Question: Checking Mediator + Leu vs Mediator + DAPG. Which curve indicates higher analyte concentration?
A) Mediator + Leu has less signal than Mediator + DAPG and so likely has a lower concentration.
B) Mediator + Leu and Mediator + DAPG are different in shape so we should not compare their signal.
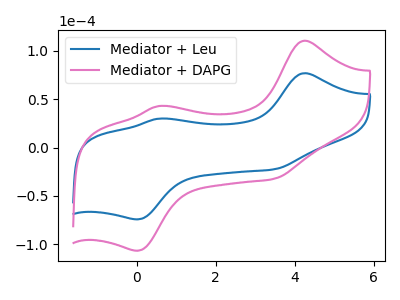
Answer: <think>The blue curve "Mediator + Leu" has anodic peaks at (4.25V, 76.80uA) (0.55V, 29.85uA) and cathodic peaks at (3.45V, -22.55uA) (0.00V, -74.25uA). The pink curve "Mediator + DAPG" has anodic peaks at (4.25V, 110.30uA) (0.55V, 42.90uA) and cathodic peaks at (3.45V, -32.40uA) (0.00V, -106.65uA).
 All the peaks in "Mediator + Leu" have a peak in "Mediator + DAPG" at the same potential. Every peak in "Mediator + Leu" is lower than every peak in "Mediator + DAPG".</think>
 <answer>A) "Mediator + Leu" has less signal than "Mediator + DAPG" and so likely has a lower concentration.</answer>
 <eval>A</eval>